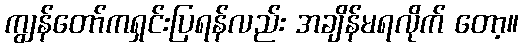
ကျွန်တော်ကရှင်းပြရန်လည်း အချိန်မရလိုက် တော့။